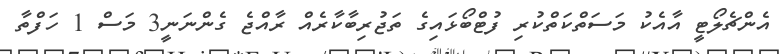
އެންޗެލޯޓީ އާއެކު މަސަތްކަތްކުރި ފުޓްބޯޅައިގެ ތަޖުރިބާކާރެއް ރާއްޖެ ގެންނަނީ3 މަސް 1 ހަފްތާ